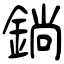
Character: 鋿